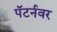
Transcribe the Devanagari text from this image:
पॅटर्नवर